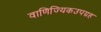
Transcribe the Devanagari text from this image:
वाणिज्यिकउपग्रह